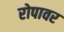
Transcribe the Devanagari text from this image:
रोपावर